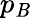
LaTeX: p_{\mathit{B}}